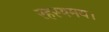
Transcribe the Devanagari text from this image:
रहस्यमय।